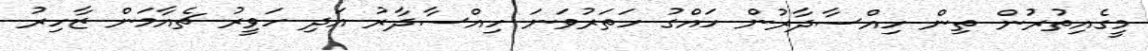
މީގެއިތުރުން ތިން ހިއްސާދާރުން ހައްގު ހަތަރުވަނަ ހިއްސާދާރު އަދި ހަވީރު ޗެއާމަން ޒާހިރު